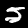
Label: 5